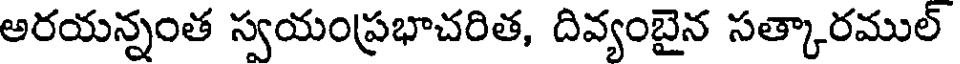
అరయన్నంత స్వయంప్రభాచరిత, దివ్యంబైన సత్కారముల్